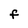
Character: f